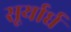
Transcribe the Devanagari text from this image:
सूर्यार्घ